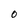
Character: 0